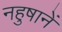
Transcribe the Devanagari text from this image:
नहुषानें